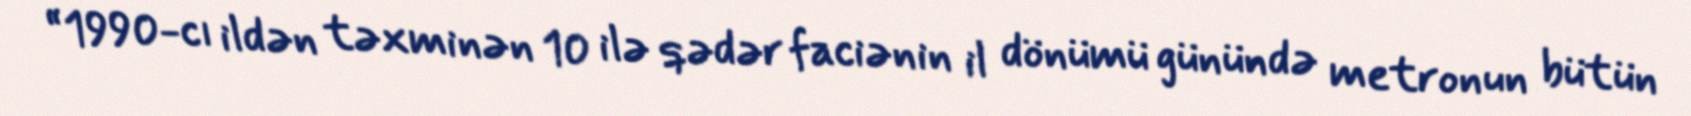
“1990-cı ildən təxminən 10 ilə qədər faciənin il dönümü günündə metronun bütün